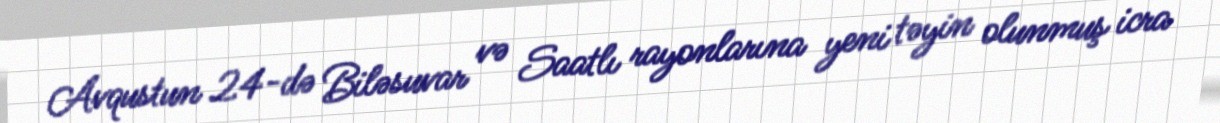
Avqustun 24-də Biləsuvar və Saatlı rayonlarına yeni təyin olunmuş icra